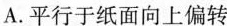
A.平行于纸面向上偏转